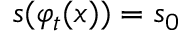
s ( \varphi _ { t } ( \boldsymbol x ) ) = s _ { 0 }